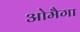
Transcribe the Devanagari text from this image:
ओमैगा